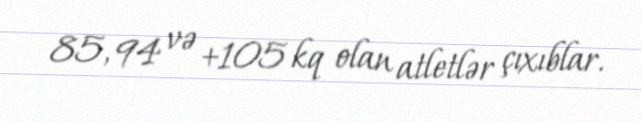
85, 94 və +105 kq olan atletlər çıxıblar.